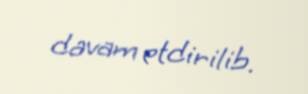
davam etdirilib.